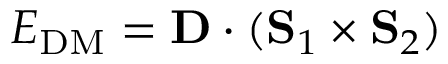
E _ { \mathrm { D M } } = { \bf D } \cdot ( { \bf S } _ { 1 } \times { \bf S } _ { 2 } )